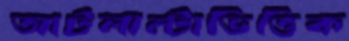
আটলান্টাভিত্তিক